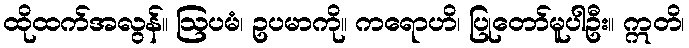
ထိုထက်အလွန်။ ဩပမံ၊ ဥပမာကို။ ကရောဟိ၊ ပြုတော်မူပါဦး။ ဣတိ၊